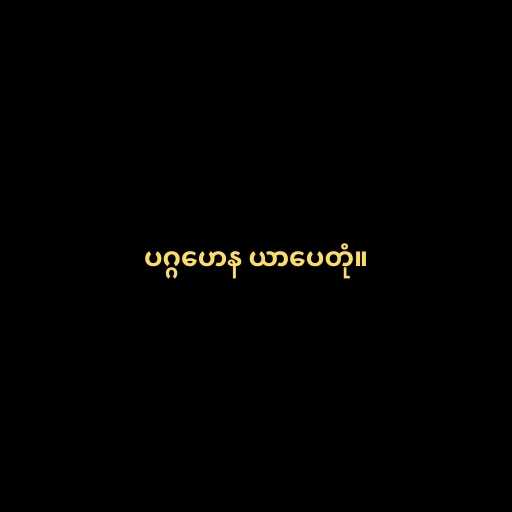
ပဂ္ဂဟေန ယာပေတုံ။